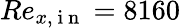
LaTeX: Re_{x,\mathrm{~i~n~}}=8160